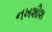
નખશીશ